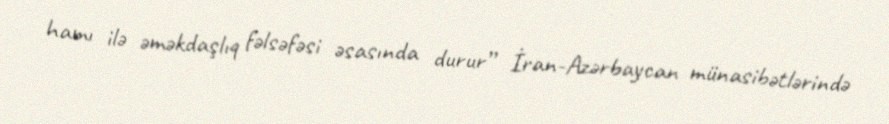
hamı ilə əməkdaşlıq fəlsəfəsi əsasında durur” İran-Azərbaycan münasibətlərində